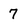
Character: 7